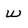
Character: w